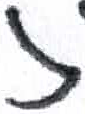
אות: ז